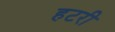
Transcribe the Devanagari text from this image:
हटरी